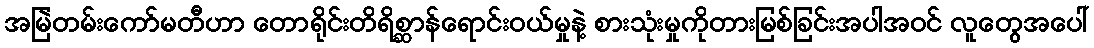
အမြဲတမ်းကော်မတီဟာ တောရိုင်းတိရိစ္ဆာန်ရောင်းဝယ်မှုနဲ့ စားသုံးမှုကိုတားမြစ်ခြင်းအပါအဝင် လူတွေအပေါ်